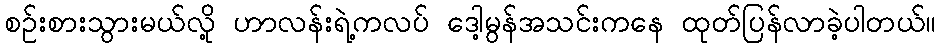
စဉ်းစားသွားမယ်လို့ ဟာလန်းရဲ့ကလပ် ဒေါ့မွန်အသင်းကနေ ထုတ်ပြန်လာခဲ့ပါတယ်။